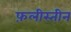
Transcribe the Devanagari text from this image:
फ़लीस्तीन